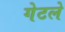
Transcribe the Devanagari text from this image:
गेटले